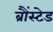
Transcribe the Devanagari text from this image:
ब्रौंस्टेड